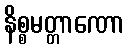
နိစ္စမတ္တာဏော